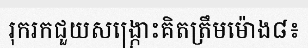
រុករកជួយសង្ក្រោះគិតត្រឹមម៉ោង៨៖